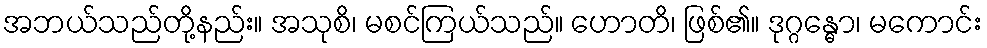
အဘယ်သည်တို့နည်း။ အသုစိ၊ မစင်ကြယ်သည်။ ဟောတိ၊ ဖြစ်၏။ ဒုဂ္ဂန္ဓော၊ မကောင်း